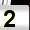
Digit: 2